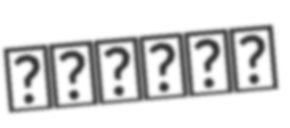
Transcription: مديرية